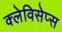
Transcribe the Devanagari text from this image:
क्लेविसेप्स